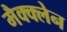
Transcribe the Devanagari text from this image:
मैक्क्लेन